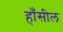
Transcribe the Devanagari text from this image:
हाँसील